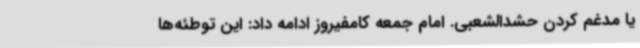
یا مدغم کردن حشدالشعبی. امام جمعه کامفیروز ادامه داد: این توطئه‌ها